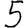
Digit: 5